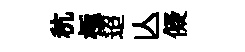
秔極迢亾儗